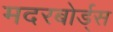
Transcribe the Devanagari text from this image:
मदरबोर्ड्स